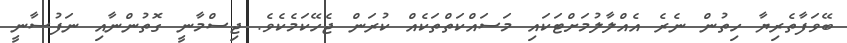
ބޭވަފާތެރިޔާ ހިތުން ނެރެ އެއްލާލުމަށްޓަކައި މަސައްކަތްތަކެއް ކުރަން ޖެހޭކަމެކެވެ. ޖިސްމާނީ ގޮތުންނާއި ނަފުސާނީ